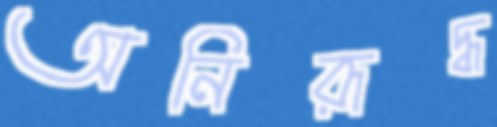
অনিরূদ্ধ